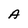
Character: A